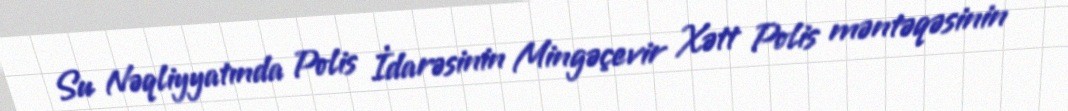
Su Nəqliyyatında Polis İdarəsinin Mingəçevir Xətt Polis məntəqəsinin